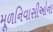
મૂળનિવાસીઓના